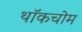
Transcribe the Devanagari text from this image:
थॉकचोम